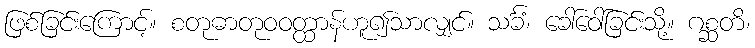
ဖြစ်ခြင်းကြောင့်။ စတုဓာတုဝဝတ္ထာန်ဟူ၍သာလျှင်။ သင်္ခံ၊ ခေါ်ဝေါ်ခြင်းသို့။ ဂစ္ဆတိ၊